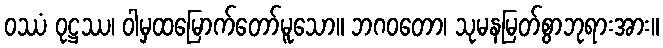
ဝဿံ ဝုဋ္ဌဿ၊ ဝါမှထမြောက်တော်မူသော။ ဘဂဝတော၊ သုမနမြတ်စွာဘုရားအား။